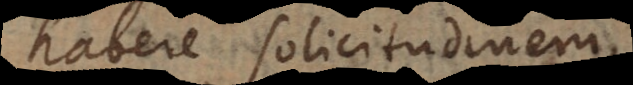
habere solicitudinem,